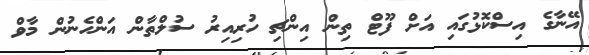
އޭނާގެ އިސްކޮޅުގައި އަށް ފޫޓް ތިން އިންޗި ހުރިއިރު ސުލްތާން އަންހެނުން މާވް